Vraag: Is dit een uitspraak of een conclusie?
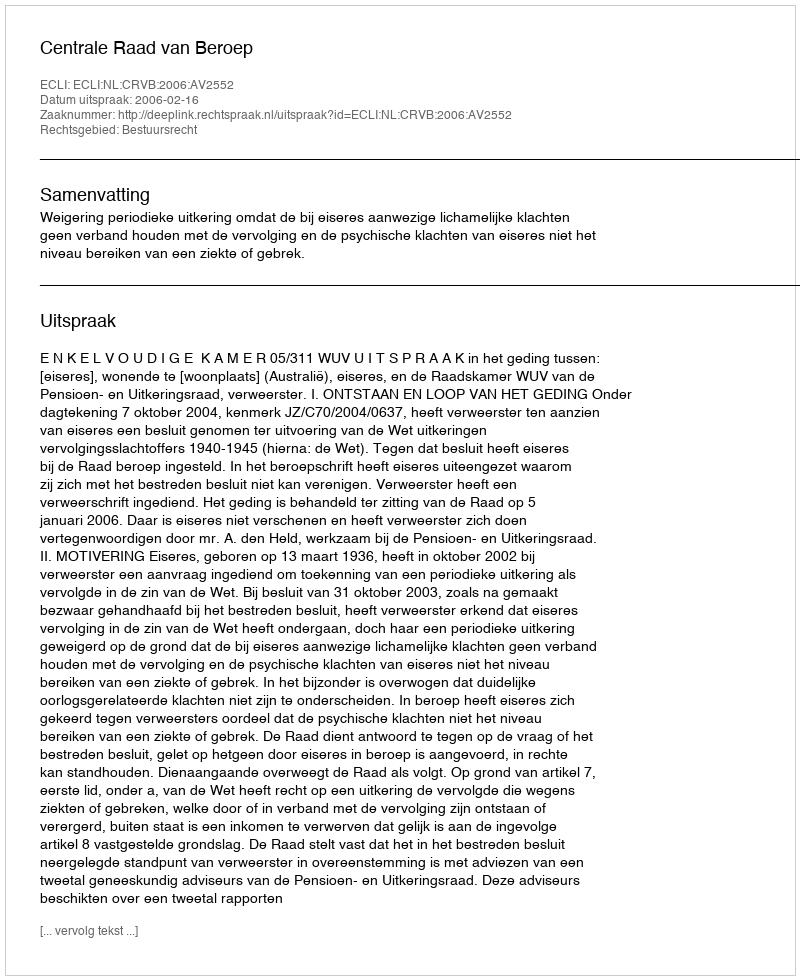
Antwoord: Uitspraak